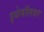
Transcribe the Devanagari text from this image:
इथेनॉलवर